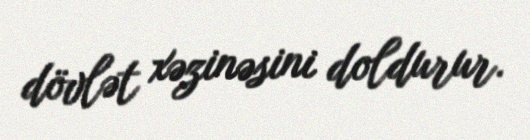
dövlət xəzinəsini doldurur.